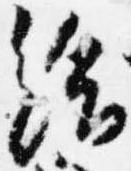
給